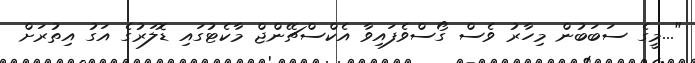
"...މީގެ ސަބަބުން މިހާރު ވެސް ގޯސްވެފައިވާ އެކްސްޗޭންޖް މާކެޓުގައި ޑޮލަރުގެ އަގު އިތުރަށް